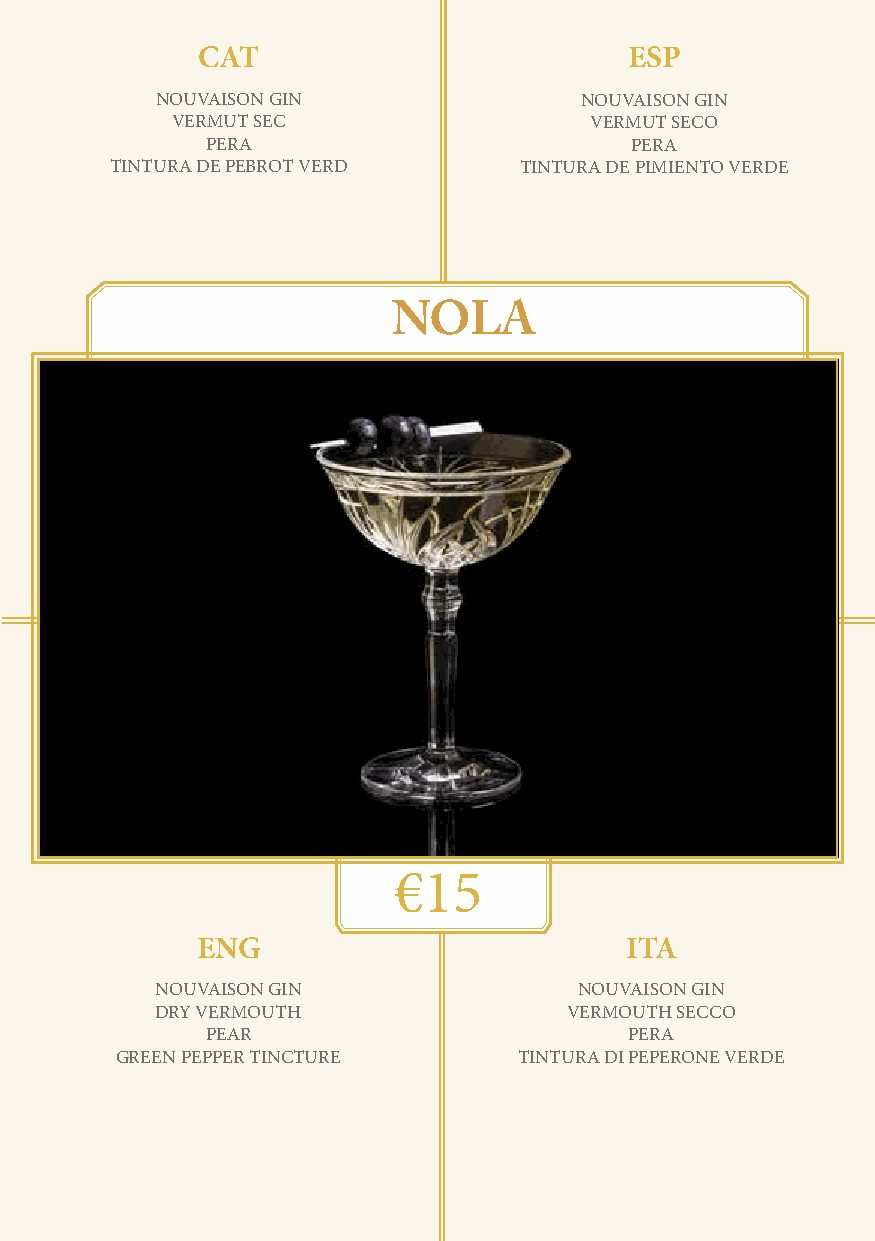
CAT                          ESP
 NOUVAISON GIN               NOUVAISON GIN
 VERMUT SEC                  VERMUT SECO
 PERA                        PERA
 TINTURA DE PEBROT VERD     TINTURA DE PIMIENTO VERDE
 NOLA
 €15
 ENG                         ITA
 NOUVAISON GIN               NOUVAISON GIN
 DRY VERMOUTH                VERMOUTH SECCO
 PEAR                        PERA
 GREEN PEPPER TINCTURE     TINTURA DI PEPERONE VERDE